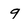
Character: 9